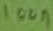
Text: 100n